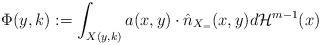
LaTeX: \begin{align*}\Phi(y,k) := \int_{X(y,k)} a(x,y) \cdot \hat n_{X_=}(x,y) d{\mathcal H}^{m-1} (x) \end{align*}